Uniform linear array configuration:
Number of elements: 48
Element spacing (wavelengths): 0.75
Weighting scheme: hann
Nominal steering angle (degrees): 45
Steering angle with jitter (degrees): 45.527
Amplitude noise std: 0.05
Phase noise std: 0.05

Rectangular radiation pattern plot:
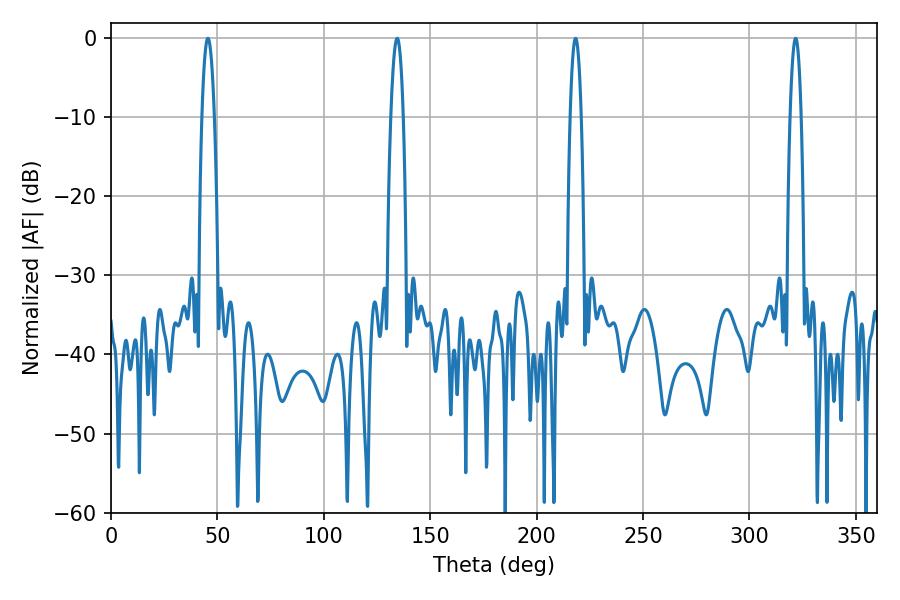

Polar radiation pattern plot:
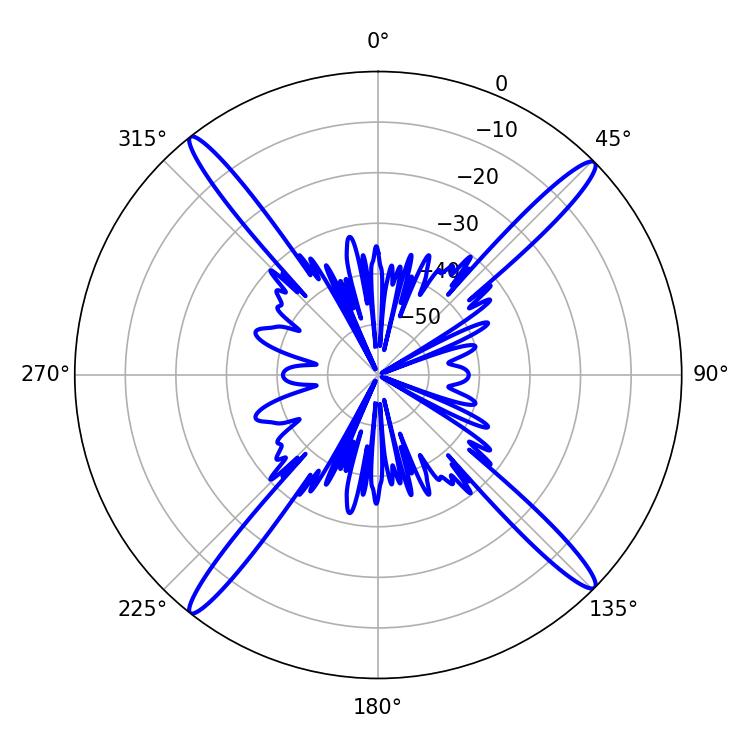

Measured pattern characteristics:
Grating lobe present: TRUE
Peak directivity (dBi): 20.076
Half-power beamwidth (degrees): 3.24
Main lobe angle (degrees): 45.54